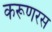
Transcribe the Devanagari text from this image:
करूणरस